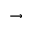
\rightarrow